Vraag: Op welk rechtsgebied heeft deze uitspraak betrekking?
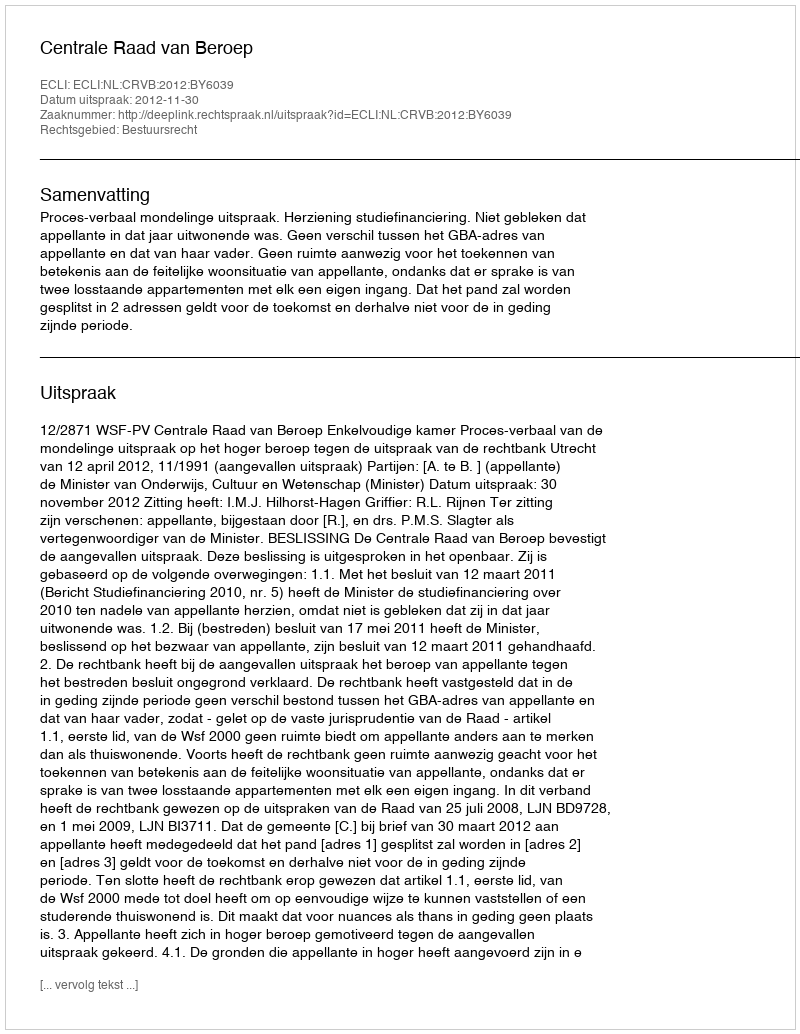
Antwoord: Bestuursrecht